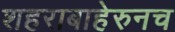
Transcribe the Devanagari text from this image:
शहराबाहेरुनच